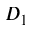
D _ { 1 }